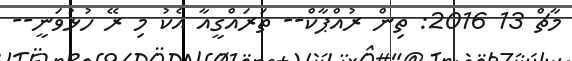
މާޗް 13 2016: ތިން ރުއްޕާކް-- ތަރައްގީއާ އެކު މި ރޭ ހުޅުވަނީ--